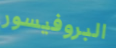
البروفيسور